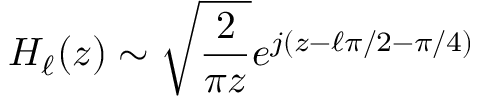
H _ { \ell } ( z ) \sim \sqrt { \frac { 2 } { \pi z } } e ^ { j ( z - \ell \pi / 2 - \pi / 4 ) }